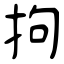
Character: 拘